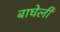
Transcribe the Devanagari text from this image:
बाघेली